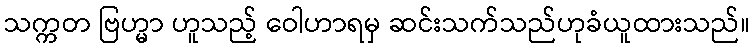
သက္ကတ ဗြဟ္မာ ဟူသည့် ဝေါဟာရမှ ဆင်းသက်သည်ဟုခံယူထားသည်။